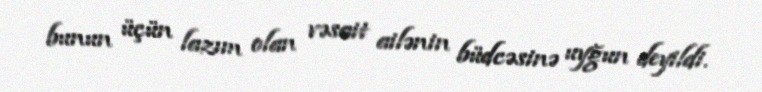
bunun üçün lazım olan vəsait ailənin büdcəsinə uyğun deyildi.